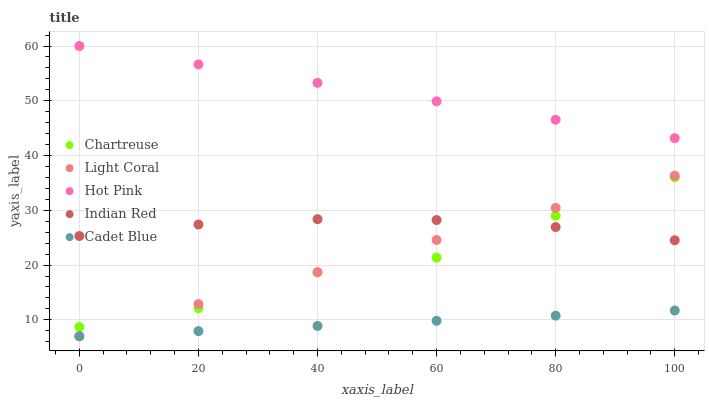
| xaxis_label | Chartreuse | Light Coral | Hot Pink | Indian Red | Cadet Blue |
 | --- | --- | --- | --- | --- | --- |
 | 0 | 8.68 | 7 | 60 | 25.3 | 7 |
 | 20 | 12.1 | 12.9 | 56.6 | 27.4 | 7.94 |
 | 40 | 18.6 | 18.7 | 53.3 | 28.4 | 8.88 |
 | 60 | 21.4 | 24.6 | 49.9 | 28.2 | 9.82 |
 | 80 | 29 | 30.4 | 46.5 | 26.9 | 10.8 |
 | 100 | 36 | 36.3 | 43.2 | 24.5 | 11.7 |